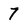
Character: 7